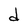
Character: d